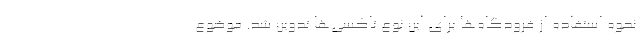
نحوه استفاده از فرودگاه‌ها برای این نوع تاکسی‌ها تدوین شد. موضوع